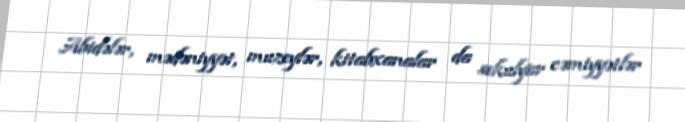
Abidələr, mədəniyyət, muzeylər, kitabxanalar da sekulyar cəmiyyətlər